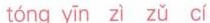
tóng yīn zì zǔ cí